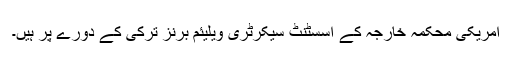
امریکی محکمۂ خارجہ کے اسسٹنٹ سیکرٹری ویلیئم برنز ترکی کے دورے پر ہیں۔